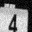
Digit: 4